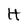
Character: H